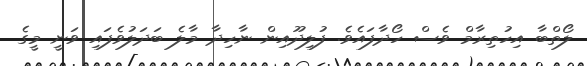
ލޯތްބާ އިހުތިރާމް ވެސް ހޯދާފައެވެ. ފުލިދޫއިން ނާހިދާ މާލެ ބަދަލުވެފައި ވަނީ މީގެ